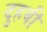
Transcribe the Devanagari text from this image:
दुहबी